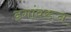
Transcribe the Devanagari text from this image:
ढगांवरून